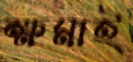
ক্ষমাই